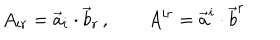
LaTeX: A _ { i r } = \vec { a } _ { i } \cdot \vec { b } _ { r } \, , \qquad A ^ { i r } = \vec { a } ^ { i } \cdot \vec { b } ^ { r }